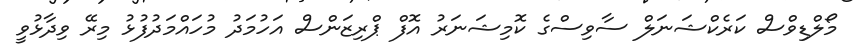
މޯލްޑިވްސް ކަރެކްޝަނަލް ސާވިސްގެ ކޮމިޝަނަރު އޮފް ޕްރިޒަންސް އަހުމަދު މުހައްމަދުފުޅު މިރޭ ވިދާޅުވީ